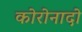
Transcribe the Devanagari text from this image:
कोरोनादो